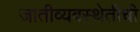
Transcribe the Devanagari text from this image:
जातीव्यवस्थेतीची